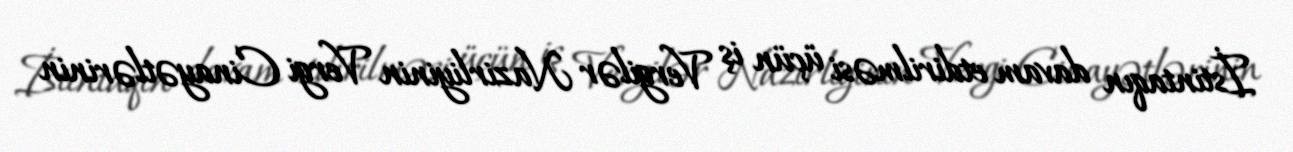
İstintaqın davam etdirilməsi üçün iş Vergilər Nazirliyinin Vergi Cinayətlərinin